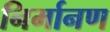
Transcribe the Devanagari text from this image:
निर्मानण